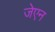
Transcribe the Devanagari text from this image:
जेएन